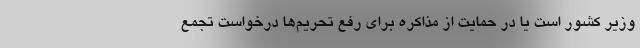
وزیر کشور است یا در حمایت از مذاکره برای رفع تحریم‌ها درخواست تجمع